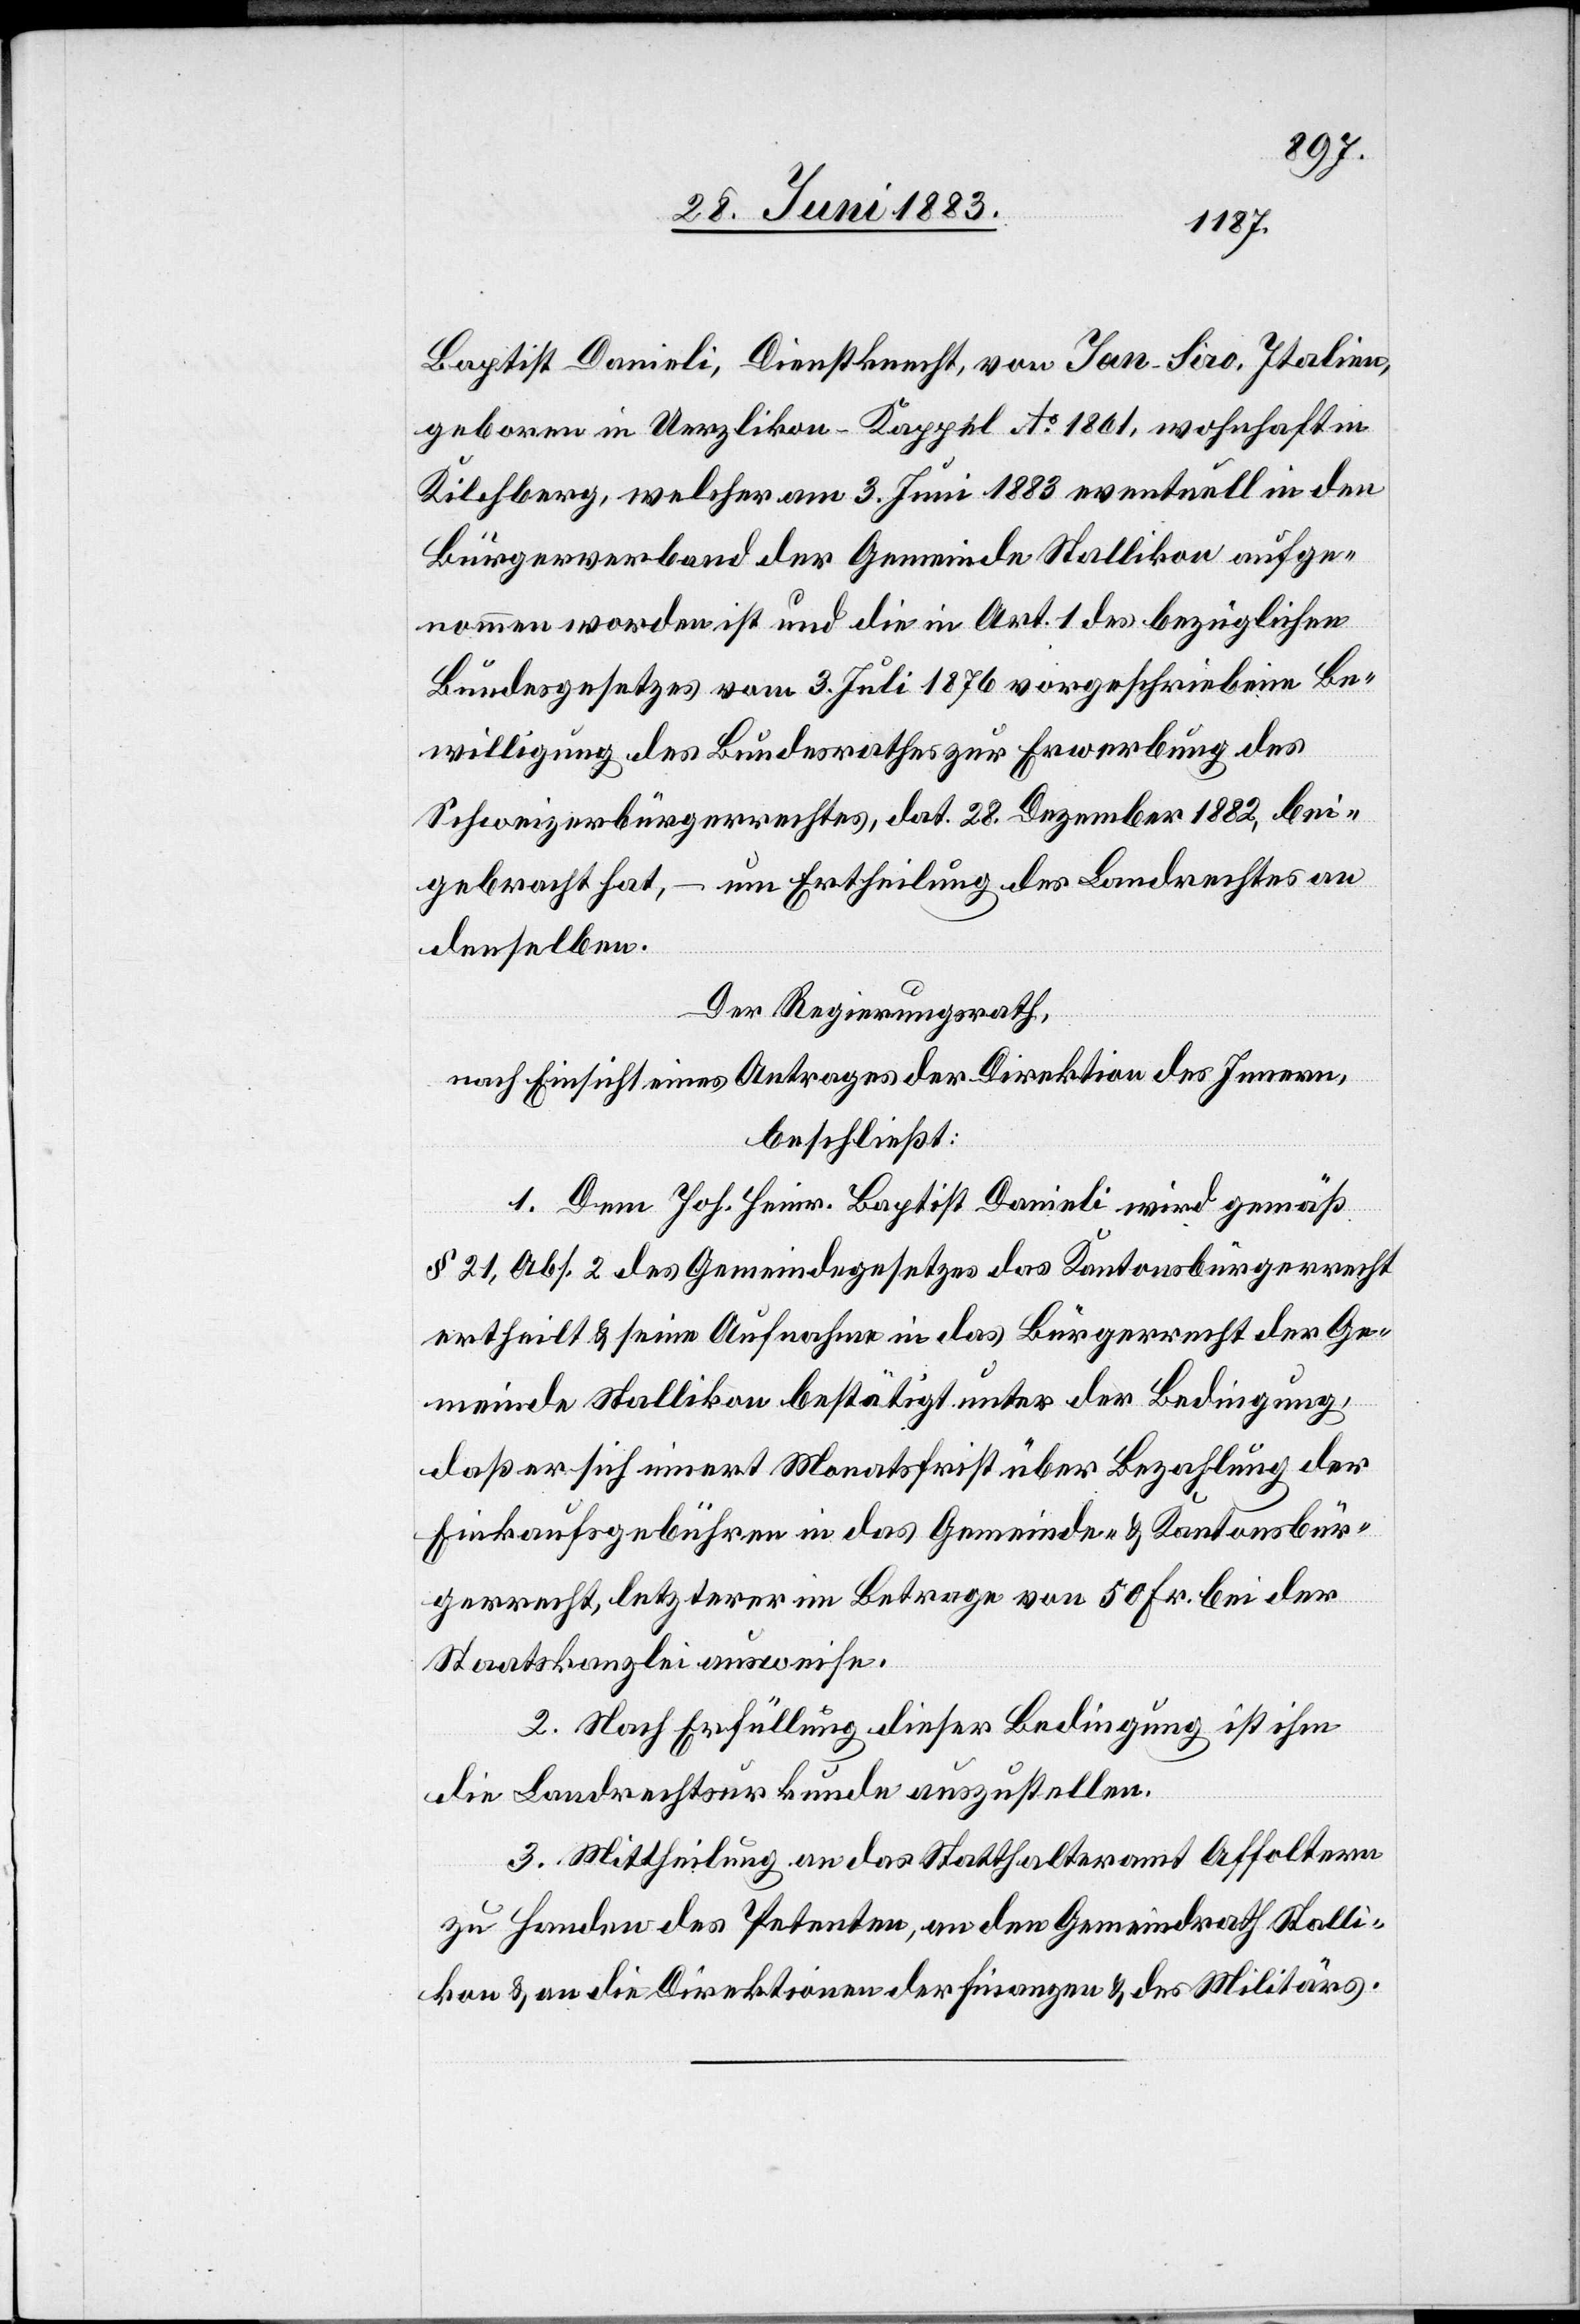
Baptist Danieli, Dienstknecht, von San-Siro, Italien,
geboren in Uerzlikon - Kappel Ao 1861, wohnhaft in
Kilchberg, welcher am 3. Juni 1883 eventuell in den
Bürgerverband der Gemeinde Stallikon aufge¬
nommen worden ist und die in Art. 1 des bezüglichen
Bundesgesetzes vom 3. Juli 1876 vorgeschriebene Be¬
willigung des Bundesrathes zur Erwerbung des
Schweizerbürgerrechtes, dat. 28. Dezember, bei¬
gebracht hat, – um Ertheilung des Landrechtes an
denselben.
Der Regierungsrath,
nach Einsicht eines Antrages der Direktion des Innern,
beschließt:
1. Dem Joh. Heinr. Baptist Danieli wird gemäß
§ 21, Abs. 2 des Gemeindegesetzes das Kantonsbürgerrecht
ertheilt & seine Aufnahme in das Bürgerrecht der Ge¬
meinde Stallikon bestätigt unter der Bedingung,
daß er sich innert Monatsfrist über Bezahlung der
Einkaufsgebühren in das Gemeinde- & Kantonsbür¬
gerrecht, letzterer im Betrage von 50 Fr. bei der
Staatskanzlei ausweise.
2. Nach Erfüllung dieser Bedingung ist ihm
die Landrechtsurkunde auszustellen.
3. Mittheilung an das Statthalteramt Affoltern
zu Handen des Petenten, an den Gemeindrath Stalli¬
kon & an die Direktionen der Finanzen & des Militärs.